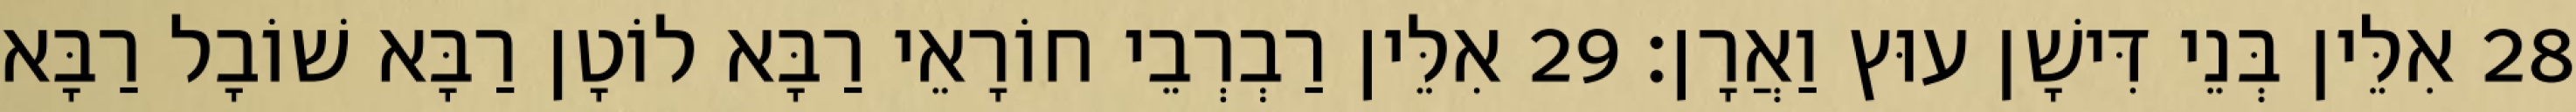
28 אִלֵּין בְּנֵי דִּישָׁן עוּץ וַאֲרָן׃ 29 אִלֵּין רַבְרְבֵי חוֹרָאֵי רַבָּא לוֹטָן רַבָּא שׁוֹבָל רַבָּא